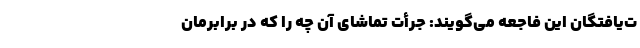
ت‌یافتگان این فاجعه می‌گویند: جرأت تماشای آن چه را که در برابرمان